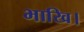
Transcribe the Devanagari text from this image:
भाखि।